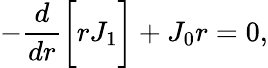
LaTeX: -\frac{d}{dr}\bigg[rJ_{1}\bigg]+J_{0}r=0,